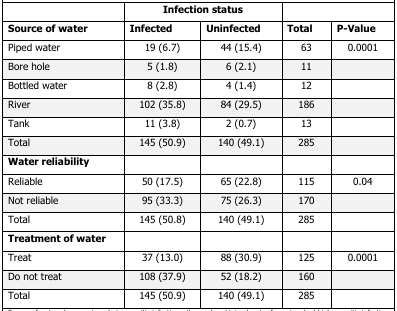
<table><thead><tr><td></td><td colspan="2"><b>Infection status</b></td><td></td><td></td></tr><tr><td><b>Source of water</b></td><td><b>Infected</b></td><td><b>Uninfected</b></td><td><b>Total</b></td><td><b>P-Value</b></td></tr></thead><tbody><tr><td>Piped water</td><td>19 (6.7)</td><td>44 (15.4)</td><td>63</td><td>0.0001</td></tr><tr><td>Bore hole</td><td>5 (1.8)</td><td>6 (2.1)</td><td>11</td><td></td></tr><tr><td>Bottled water</td><td>8 (2.8)</td><td>4 (1.4)</td><td>12</td><td></td></tr><tr><td>River</td><td>102 (35.8)</td><td>84 (29.5)</td><td>186</td><td></td></tr><tr><td>Tank</td><td>11 (3.8)</td><td>2 (0.7)</td><td>13</td><td></td></tr><tr><td>Total</td><td>145 (50.9)</td><td>140 (49.1)</td><td>285</td><td></td></tr><tr><td><b>Water reliability</b></td><td></td><td></td><td></td><td></td></tr><tr><td>Reliable</td><td>50 (17.5)</td><td>65 (22.8)</td><td>115</td><td>0.04</td></tr><tr><td>Not reliable</td><td>95 (33.3)</td><td>75 (26.3)</td><td>170</td><td></td></tr><tr><td>Total</td><td>145 (50.8)</td><td>140 (49.1)</td><td>285</td><td></td></tr><tr><td><b>Treatment of water</b></td><td></td><td></td><td></td><td></td></tr><tr><td>Treat</td><td>37 (13.0)</td><td>88 (30.9)</td><td>125</td><td>0.0001</td></tr><tr><td>Do not treat</td><td>108 (37.9)</td><td>52 (18.2)</td><td>160</td><td></td></tr><tr><td>Total</td><td>145 (50.9)</td><td>140 (49.1)</td><td>285</td><td></td></tr></tbody></table>